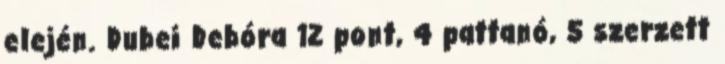
elején. Dubei Debóra 12 pont, 4 pattanó, 5 szerzett